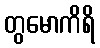
တွမောကိရိ